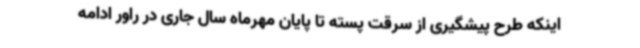
اینکه طرح پیشگیری از سرقت پسته تا پایان مهرماه سال جاری در راور ادامه